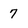
Character: 7